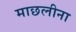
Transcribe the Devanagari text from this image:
माछलीना